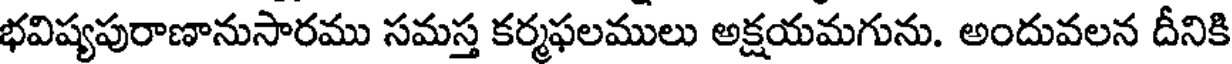
భవిష్యపురాణానుసారము సమస్త కర్మఫలములు అక్షయమగును. అందువలన దీనికి